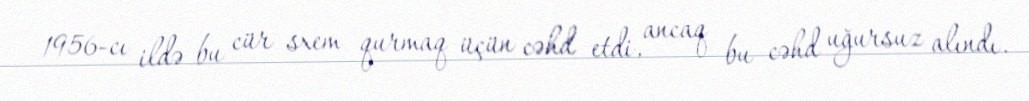
1956-cı ildə bu cür sxem qurmaq üçün cəhd etdi, ancaq bu cəhd uğursuz alındı.